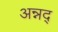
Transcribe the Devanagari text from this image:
अन्नद्